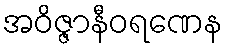
အဝိဇ္ဇာနီဝရဏေန